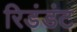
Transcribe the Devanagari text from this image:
रिडंडंट